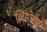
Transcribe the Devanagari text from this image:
लिंडोमेन